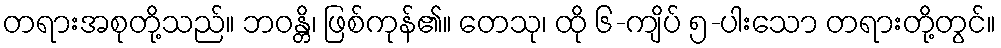
တရားအစုတို့သည်။ ဘဝန္တိ၊ ဖြစ်ကုန်၏။ တေသု၊ ထို ၆-ကျိပ် ၅-ပါးသော တရားတို့တွင်။